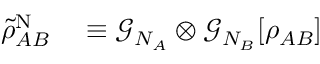
\begin{array} { r l } { \tilde { \rho } _ { A B } ^ { \mathrm { N } } } & { { } \equiv \mathcal { G } _ { N _ { A } } \otimes \mathcal { G } _ { N _ { B } } [ \rho _ { A B } ] } \end{array}